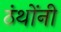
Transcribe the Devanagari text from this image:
ठंथोंनी